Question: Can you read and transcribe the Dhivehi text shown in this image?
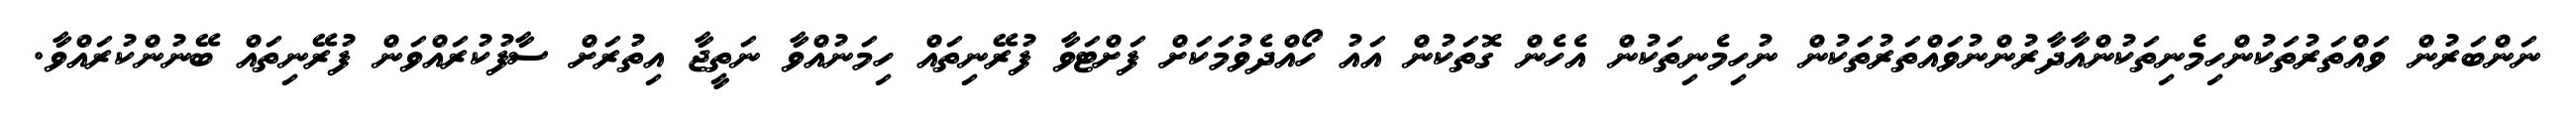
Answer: ނަންބަރުން ވައްތަރުތަކުންހިމެނިތަކުންއާދާރުންނުވައްތަރުތަކުން ނުހިމެނިތަކުން އެހެން ގޮތަކުން އައު ހޯއްދެވުމަކަށް ފަށްޓަވާ ފުރޭނިތައް ހިމަނުއްވާ ނަތީޖާ އިތުރަށް ސާފުކުރައްވަން ފުރޭނިތައް ބޭނުންކުރައްވާ.